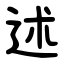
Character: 述